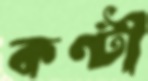
কণ্টী